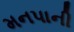
મનપાની